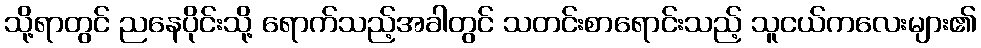
သို့ရာတွင် ညနေပိုင်းသို့ ရောက်သည့်အခါတွင် သတင်းစာရောင်းသည့် သူငယ်ကလေးများ၏